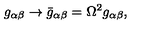
g _ { \alpha \beta } \rightarrow \bar { g } _ { \alpha \beta } = \Omega ^ { 2 } g _ { \alpha \beta } ,